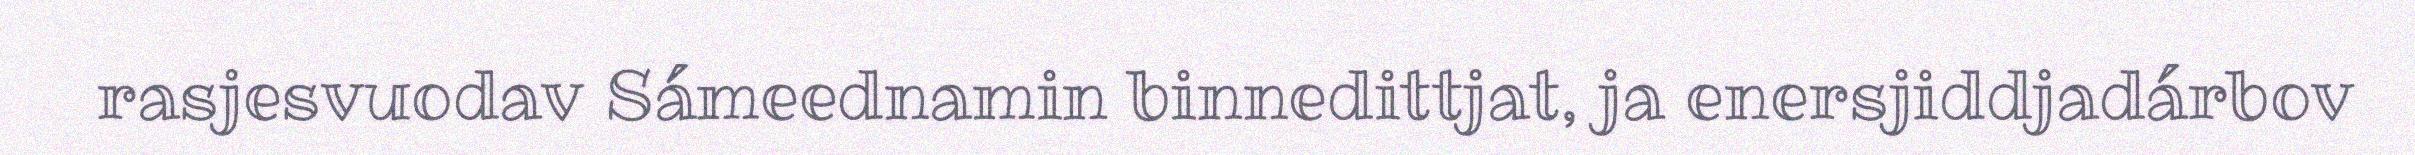
rasjesvuodav Sámeednamin binnedittjat, ja enersjiddjadárbov